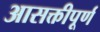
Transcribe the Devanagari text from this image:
आसक्तीपूर्ण